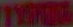
TYING